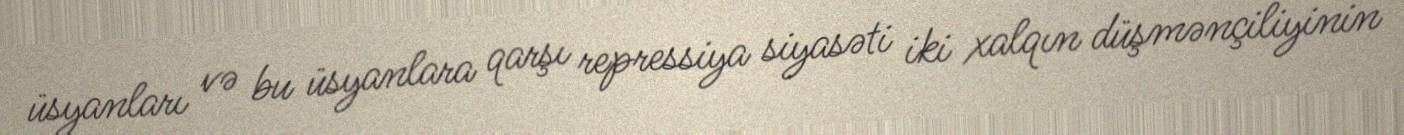
üsyanları və bu üsyanlara qarşı repressiya siyasəti iki xalqın düşmənçiliyinin